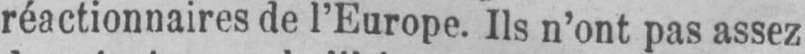
réactionnaires de l’Europe. Ils n’ont pas assez